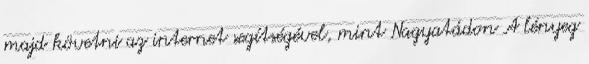
majd követni az internet segítségével, mint Nagyatádon A lényeg